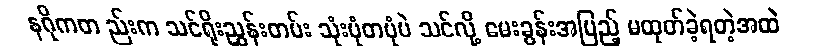
နဂိုကတ ည်းက သင်ရိုးညွှန်းတမ်း သုံးပုံတပုံပဲ သင်လို့ မေးခွန်းအပြည့် မထုတ်ခဲ့ရတဲ့အထဲ